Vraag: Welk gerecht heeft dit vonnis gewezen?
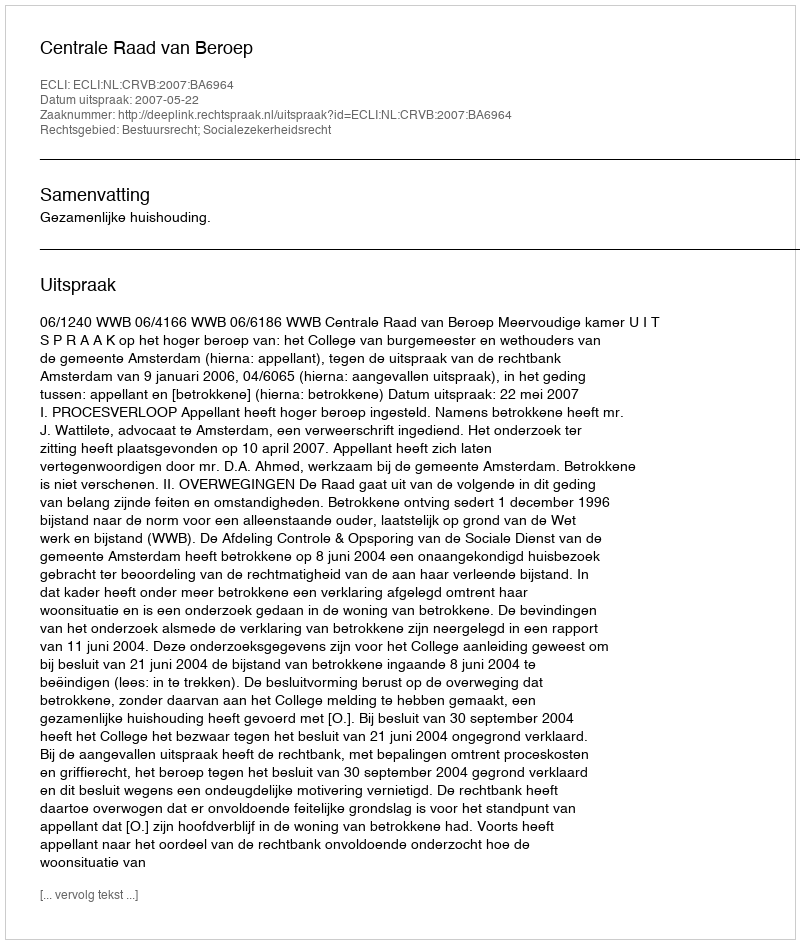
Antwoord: Centrale Raad van Beroep